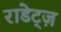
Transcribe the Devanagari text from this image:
राडेट्ज़